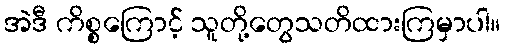
အဲဒီ ကိစ္စကြောင့် သူတို့တွေသတိထားကြမှာပါ။